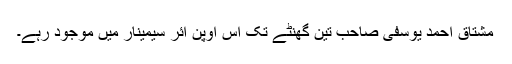
مشتاق احمد یوسفی صاحب تین گھنٹے تک اس اوپن ائر سیمینار میں موجود رہے۔